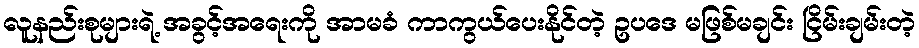
လူနည်းစုများရဲ့ အခွင့်အရေးကို အာမခံ ကာကွယ်ပေးနိုင်တဲ့ ဥပဒေ မဖြစ်မချင်း ငြိမ်းချမ်းတဲ့